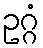
ဥဂ္ဂံ